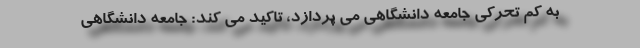
به کم تحرکی جامعه دانشگاهی می پردازد، تاکید می کند: جامعه دانشگاهی